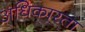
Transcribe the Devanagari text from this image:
अधिकारता